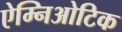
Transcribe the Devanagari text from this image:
ऐम्निओटिक